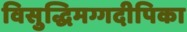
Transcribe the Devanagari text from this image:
विसुद्धिमग्गदीपिका